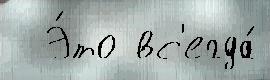
  Э́то вс'егда́